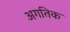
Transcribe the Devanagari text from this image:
अगतिक